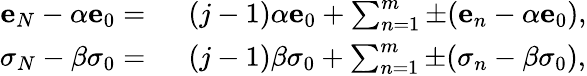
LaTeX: \begin{array}{rl}{\mathbf{e}_{N}-\alpha\mathbf{e}_{0}=~}&{{}(j-1)\alpha\mathbf{e}_{0}+\sum_{n=1}^{m}\pm(\mathbf{e}_{n}-\alpha\mathbf{e}_{0}),}\\ {\sigma_{N}-\beta\sigma_{0}=~}&{{}(j-1)\beta\sigma_{0}+\sum_{n=1}^{m}\pm(\sigma_{n}-\beta\sigma_{0}),}\end{array}